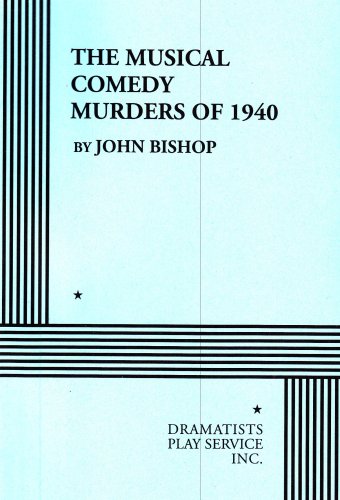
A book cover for The Musical Comedy Murders of 1940.; John Bishop; Literature & Fiction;